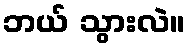
ဘယ် သွားလဲ။